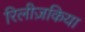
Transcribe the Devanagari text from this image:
रिलीज़किया